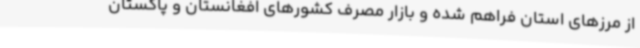
از مرزهای استان فراهم شده و بازار مصرف کشورهای افغانستان و پاکستان